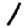
Digit: 1